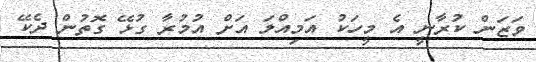
ވަޒަން ކުރާނީ އެ މީހަކު އަމިއްލަ އަށް އުމުރާ ގުޅޭ ގޮތުން ދެކޭ